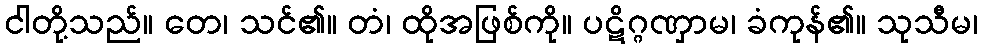
ငါတို့သည်။ တေ၊ သင်၏။ တံ၊ ထိုအဖြစ်ကို။ ပဋိဂ္ဂဏှာမ၊ ခံကုန်၏။ သုသီမ၊